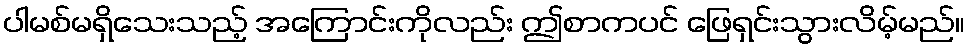
ပါမစ်မရှိသေးသည့် အကြောင်းကိုလည်း ဤစာကပင် ဖြေရှင်းသွားလိမ့်မည်။